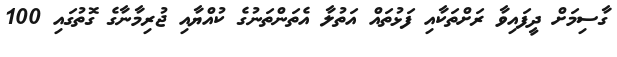
ގާސިމަށް ދީފައިވާ ރަށްތަކާއި ފަޅުތައް އަތުލާ އެތަންތަނުގެ ކުއްޔާއި ޖުރިމާނާގެ ގޮތުގައި 100